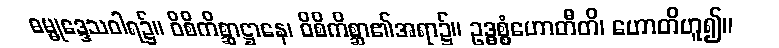
ဓမ္မုဒ္ဒေသဝါရ၌။ ဝိစိကိစ္ဆာဋ္ဌာနေ၊ ဝိစိကိစ္ဆာ၏အရာ၌။ ဥဒ္ဓစ္စံဟောတီတိ၊ ဟောတိဟူ၍။